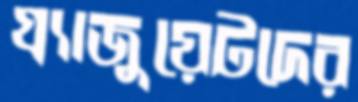
গ্র্যাজুয়েটদের